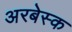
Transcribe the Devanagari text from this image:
अरबेस्क